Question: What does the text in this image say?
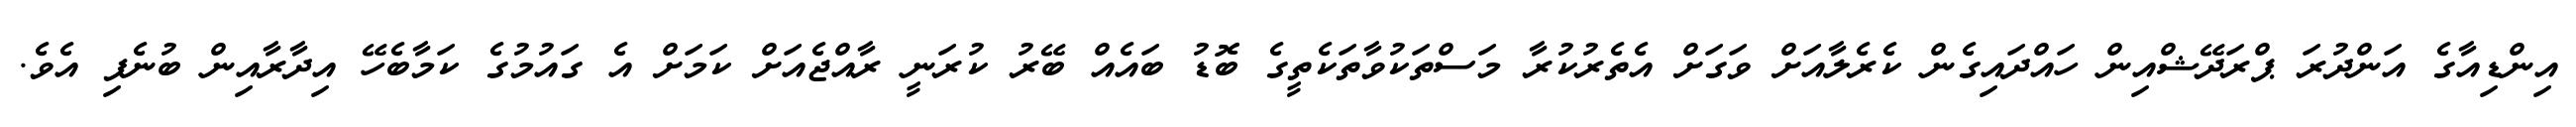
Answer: އިންޑިއާގެ އަންދުރަ ޕްރަދޭޝްއިން ހައްދައިގެން ކެރެލާއަށް ވަގަށް އެތެރުކުރާ މަސްތަކުވާތަކެތީގެ ބޮޑު ބައެއް ބޭރު ކުރަނީ ރާއްޖެއަށް ކަމަށް އެ ގައުމުގެ ކަމާބެހޭ އިދާރާއިން ބުނެފި އެވެ.